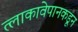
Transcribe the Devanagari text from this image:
त्लाकावेपानकडून